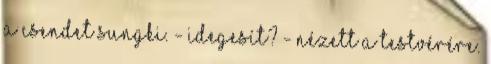
a csendet SungKi. - Idegesít? - nézett a testvérére.